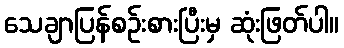
သေချာပြန်စဉ်းစားပြီးမှ ဆုံးဖြတ်ပါ။